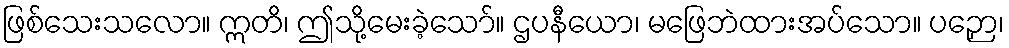
ဖြစ်သေးသလော။ ဣတိ၊ ဤသို့မေးခဲ့သော်။ ဌပနီယော၊ မဖြေဘဲထားအပ်သော။ ပဉှော၊